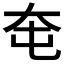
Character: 𡗥